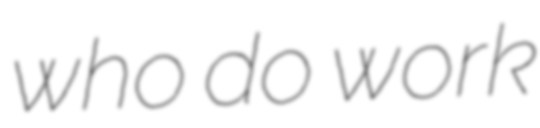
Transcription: who do work